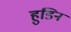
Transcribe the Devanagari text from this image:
हुडिन